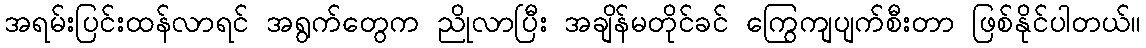
အရမ်းပြင်းထန်လာရင် အရွက်တွေက ညိုလာပြီး အချိန်မတိုင်ခင် ကြွေကျပျက်စီးတာ ဖြစ်နိုင်ပါတယ်။